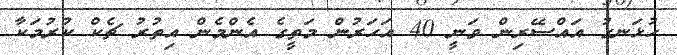
ހުޅަނގު އައްސޭރިން ވަނީ 40 އަހަރުން މަތީގެ އެންމެން އިތުރު ޗެކް ކުރުމަކާ